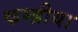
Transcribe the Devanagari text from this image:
कम्ब्रीया